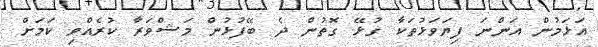
އަޅަމުން އަންނަ ފިޔަވަޅުތަކާ ގުޅޭ ގޮތުން ދެ ބޭފުޅުން މަޝްވަރާ ކުރެއްވި ކަމަށް